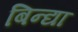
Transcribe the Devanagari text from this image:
बिन्द्या